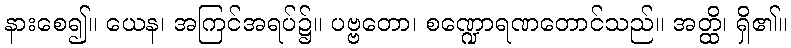
နားစေ၍။ ယေန၊ အကြင်အရပ်၌။ ပဗ္ဗတော၊ စဏ္ဍောရဏတောင်သည်။ အတ္ထိ၊ ရှိ၏။